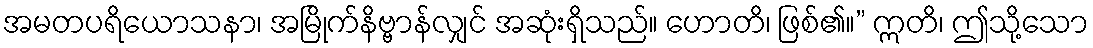
အမတပရိယောသနာ၊ အမြိုက်နိဗ္ဗာန်လျှင် အဆုံးရှိသည်။ ဟောတိ၊ ဖြစ်၏။” ဣတိ၊ ဤသို့သော